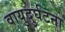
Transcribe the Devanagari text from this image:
वायुदुर्घटना